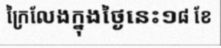
ក្រៃលែងក្នុងថ្ងៃនេះ១៨ ខែ